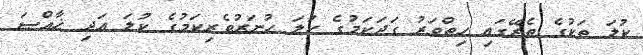
ކުލަ ތަކުގެ ތެރޭގައި ހިތްވަރު ގަދަކަމުގެ ކުލަ ހުނަރުވެރިކަމުގެ ކުލަ އަދި ޚާއްޞަ